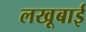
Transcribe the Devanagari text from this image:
लखूबाई